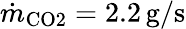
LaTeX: \dot{m}_{\mathrm{CO2}}=2.2\, \mathrm{g/s}